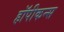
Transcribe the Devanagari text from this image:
हॉपीकन्स